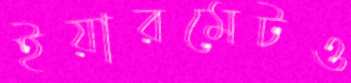
ইয়ারমেটও